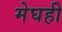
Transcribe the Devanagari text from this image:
मेघही